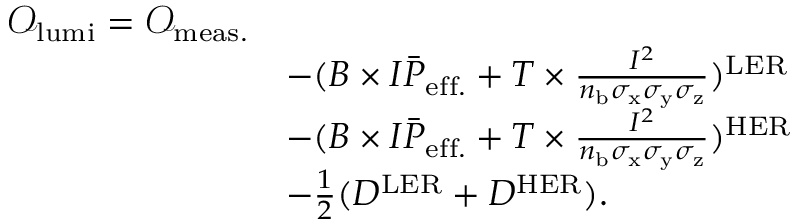
\begin{array} { r l } { \mathcal { O } _ { \mathrm { l u m i } } = \mathcal { O } _ { \mathrm { m e a s . } } } \\ & { - ( B \times I \bar { P } _ { \mathrm { e f f . } } + T \times \frac { I ^ { 2 } } { n _ { \mathrm { b } } \sigma _ { \mathrm { x } } \sigma _ { \mathrm { y } } \sigma _ { \mathrm { z } } } ) ^ { \mathrm { L E R } } } \\ & { - ( B \times I \bar { P } _ { \mathrm { e f f . } } + T \times \frac { I ^ { 2 } } { n _ { \mathrm { b } } \sigma _ { \mathrm { x } } \sigma _ { \mathrm { y } } \sigma _ { \mathrm { z } } } ) ^ { \mathrm { H E R } } } \\ & { - \frac { 1 } { 2 } ( D ^ { \mathrm { L E R } } + D ^ { \mathrm { H E R } } ) . } \end{array}